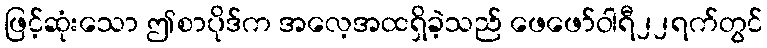
ဖြင့်ဆုံးသော ဤစာပိုဒ်က အလေ့အထရှိခဲ့သည် ဖေဖော်ဝါရီ၂၂ရက်တွင်